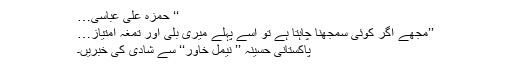
‘‘ حمزہ علی عباسی…
’’مجھے اگر کوئی سمجھنا چاہتا ہے تو اسے پہلے میری بلی اور تمغہ امتیاز…
پاکستانی حسینہ ’’ نیمل خاور‘‘ سے شادی کی خبریں۔